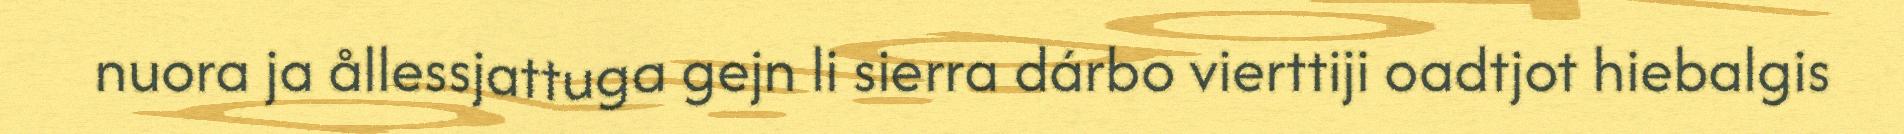
nuora ja ållessjattuga gejn li sierra dárbo vierttiji oadtjot hiebalgis